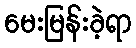
မေးမြန်းခဲ့ရာ